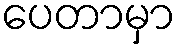
ပေတာမှာ